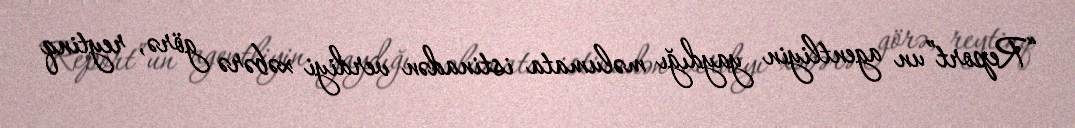
“Report”un agentliyin yaydığı məlumata istinadən verdiyi xəbərə görə, reytinq